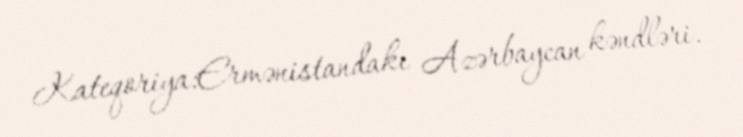
Kateqoriya:Ermənistandakı Azərbaycan kəndləri.